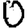
Digit: 0